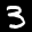
Label: 3